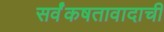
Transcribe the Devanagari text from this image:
सर्वंकषतावादाची